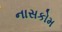
નાસકોમ